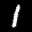
Digit: 1